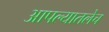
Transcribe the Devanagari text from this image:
आपल्यातलेच